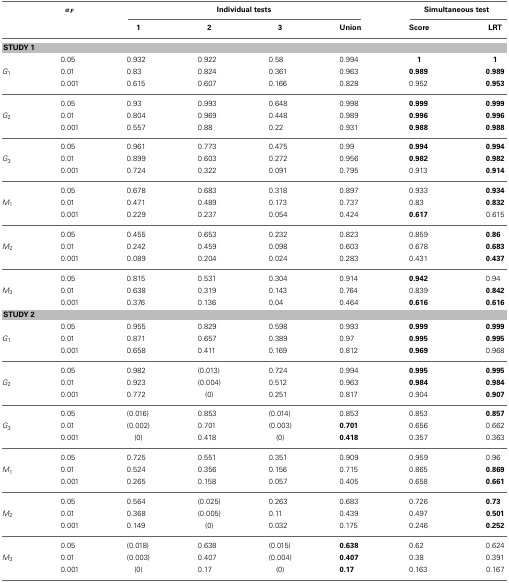
<table><thead><tr><td></td><td><b>α<sub><i>F</i></sub></b></td><td colspan="4"><b>Individual tests</b></td><td colspan="2"><b>Simultaneous test</b></td></tr><tr><td></td><td></td><td><b>1</b></td><td><b>2</b></td><td><b>3</b></td><td><b>Union</b></td><td><b>Score</b></td><td><b>LRT</b></td></tr></thead><tbody><tr><td colspan="8"><b>STUDY 1</b></td></tr><tr><td></td><td>0.05</td><td>0.932</td><td>0.922</td><td>0.58</td><td>0.994</td><td><b>1</b></td><td><b>1</b></td></tr><tr><td><i>G</i><sub>1</sub></td><td>0.01</td><td>0.83</td><td>0.824</td><td>0.361</td><td>0.963</td><td><b>0.989</b></td><td><b>0.989</b></td></tr><tr><td></td><td>0.001</td><td>0.615</td><td>0.607</td><td>0.166</td><td>0.828</td><td>0.952</td><td><b>0.953</b></td></tr><tr><td></td><td>0.05</td><td>0.93</td><td>0.993</td><td>0.648</td><td>0.998</td><td><b>0.999</b></td><td><b>0.999</b></td></tr><tr><td><i>G</i><sub>2</sub></td><td>0.01</td><td>0.804</td><td>0.969</td><td>0.448</td><td>0.989</td><td><b>0.996</b></td><td><b>0.996</b></td></tr><tr><td></td><td>0.001</td><td>0.557</td><td>0.88</td><td>0.22</td><td>0.931</td><td><b>0.988</b></td><td><b>0.988</b></td></tr><tr><td></td><td>0.05</td><td>0.961</td><td>0.773</td><td>0.475</td><td>0.99</td><td><b>0.994</b></td><td><b>0.994</b></td></tr><tr><td><i>G</i><sub>3</sub></td><td>0.01</td><td>0.899</td><td>0.603</td><td>0.272</td><td>0.956</td><td><b>0.982</b></td><td><b>0.982</b></td></tr><tr><td></td><td>0.001</td><td>0.724</td><td>0.322</td><td>0.091</td><td>0.795</td><td>0.913</td><td><b>0.914</b></td></tr><tr><td></td><td>0.05</td><td>0.678</td><td>0.683</td><td>0.318</td><td>0.897</td><td>0.933</td><td><b>0.934</b></td></tr><tr><td><i>M</i><sub>1</sub></td><td>0.01</td><td>0.471</td><td>0.489</td><td>0.173</td><td>0.737</td><td>0.83</td><td><b>0.832</b></td></tr><tr><td></td><td>0.001</td><td>0.229</td><td>0.237</td><td>0.054</td><td>0.424</td><td><b>0.617</b></td><td>0.615</td></tr><tr><td></td><td>0.05</td><td>0.455</td><td>0.653</td><td>0.232</td><td>0.823</td><td>0.859</td><td><b>0.86</b></td></tr><tr><td><i>M</i><sub>2</sub></td><td>0.01</td><td>0.242</td><td>0.459</td><td>0.098</td><td>0.603</td><td>0.678</td><td><b>0.683</b></td></tr><tr><td></td><td>0.001</td><td>0.089</td><td>0.204</td><td>0.024</td><td>0.283</td><td>0.431</td><td><b>0.437</b></td></tr><tr><td></td><td>0.05</td><td>0.815</td><td>0.531</td><td>0.304</td><td>0.914</td><td><b>0.942</b></td><td>0.94</td></tr><tr><td><i>M</i><sub>3</sub></td><td>0.01</td><td>0.638</td><td>0.319</td><td>0.143</td><td>0.764</td><td>0.839</td><td><b>0.842</b></td></tr><tr><td></td><td>0.001</td><td>0.376</td><td>0.136</td><td>0.04</td><td>0.464</td><td><b>0.616</b></td><td><b>0.616</b></td></tr><tr><td colspan="8"><b>STUDY 2</b></td></tr><tr><td></td><td>0.05</td><td>0.955</td><td>0.829</td><td>0.598</td><td>0.993</td><td><b>0.999</b></td><td><b>0.999</b></td></tr><tr><td><i>G</i><sub>1</sub></td><td>0.01</td><td>0.871</td><td>0.657</td><td>0.389</td><td>0.97</td><td><b>0.995</b></td><td><b>0.995</b></td></tr><tr><td></td><td>0.001</td><td>0.658</td><td>0.411</td><td>0.169</td><td>0.812</td><td><b>0.969</b></td><td>0.968</td></tr><tr><td></td><td>0.05</td><td>0.982</td><td>(0.013)</td><td>0.724</td><td>0.994</td><td><b>0.995</b></td><td><b>0.995</b></td></tr><tr><td><i>G</i><sub>2</sub></td><td>0.01</td><td>0.923</td><td>(0.004)</td><td>0.512</td><td>0.963</td><td><b>0.984</b></td><td><b>0.984</b></td></tr><tr><td></td><td>0.001</td><td>0.772</td><td>(0)</td><td>0.251</td><td>0.817</td><td>0.904</td><td><b>0.907</b></td></tr><tr><td></td><td>0.05</td><td>(0.016)</td><td>0.853</td><td>(0.014)</td><td>0.853</td><td>0.853</td><td><b>0.857</b></td></tr><tr><td><i>G</i><sub>3</sub></td><td>0.01</td><td>(0.002)</td><td>0.701</td><td>(0.003)</td><td><b>0.701</b></td><td>0.656</td><td>0.662</td></tr><tr><td></td><td>0.001</td><td>(0)</td><td>0.418</td><td>(0)</td><td><b>0.418</b></td><td>0.357</td><td>0.363</td></tr><tr><td></td><td>0.05</td><td>0.725</td><td>0.551</td><td>0.351</td><td>0.909</td><td>0.959</td><td>0.96</td></tr><tr><td><i>M</i><sub>1</sub></td><td>0.01</td><td>0.524</td><td>0.356</td><td>0.156</td><td>0.715</td><td>0.865</td><td><b>0.869</b></td></tr><tr><td></td><td>0.001</td><td>0.265</td><td>0.158</td><td>0.057</td><td>0.405</td><td>0.658</td><td><b>0.661</b></td></tr><tr><td></td><td>0.05</td><td>0.564</td><td>(0.025)</td><td>0.263</td><td>0.683</td><td>0.726</td><td><b>0.73</b></td></tr><tr><td><i>M</i><sub>2</sub></td><td>0.01</td><td>0.368</td><td>(0.005)</td><td>0.11</td><td>0.439</td><td>0.497</td><td><b>0.501</b></td></tr><tr><td></td><td>0.001</td><td>0.149</td><td>(0)</td><td>0.032</td><td>0.175</td><td>0.246</td><td><b>0.252</b></td></tr><tr><td></td><td>0.05</td><td>(0.018)</td><td>0.638</td><td>(0.015)</td><td><b>0.638</b></td><td>0.62</td><td>0.624</td></tr><tr><td><i>M</i><sub>3</sub></td><td>0.01</td><td>(0.003)</td><td>0.407</td><td>(0.004)</td><td><b>0.407</b></td><td>0.38</td><td>0.391</td></tr><tr><td></td><td>0.001</td><td>(0)</td><td>0.17</td><td>(0)</td><td><b>0.17</b></td><td>0.163</td><td>0.167</td></tr></tbody></table>